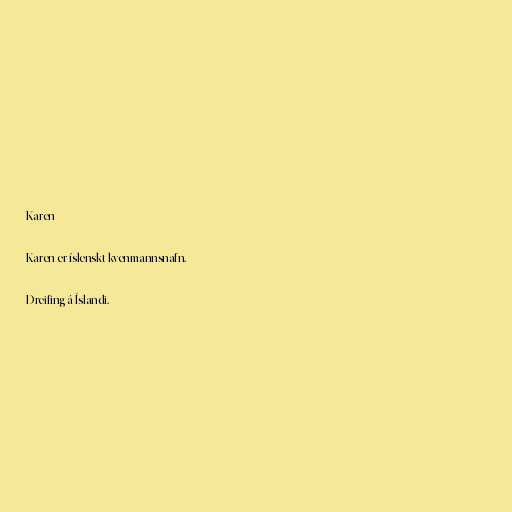
Karen

Karen er íslenskt kvenmannsnafn.

Dreifing á Íslandi.